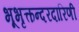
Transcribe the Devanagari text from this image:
भूभृत्कन्दरदारिणी